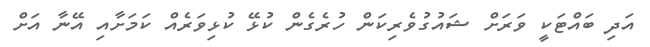
އަދި ބައްޓަކީ ވަރަށް ޝައުގުވެރިކަން ހުރެގެން ކުޅޭ ކުޅިވަރެއް ކަމަށާއި އޭނާ އަށް